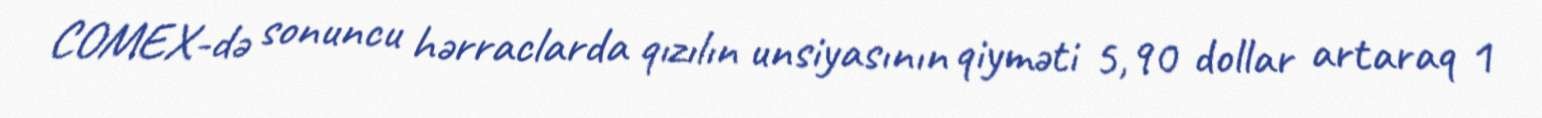
COMEX-də sonuncu hərraclarda qızılın unsiyasının qiyməti 5,90 dollar artaraq 1